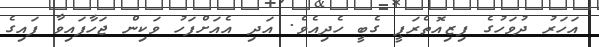
އަހަރު ދުވަހުގެ ފިޒިއޮތެރަޕީ ގެބީ ހެދިއެވެ. އަދި އެއަށްފަހު ވަކިން ޖަހާފައިވާ ފައިގެ